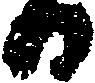
日